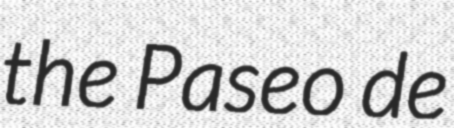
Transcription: the Paseo de